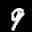
Label: 9